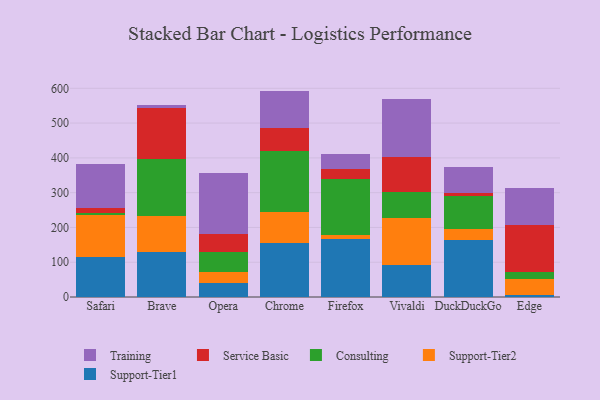
{"axis": {"x": "Browser", "y": "Website Visitors"}, "legend": ["Consulting", "Service Basic", "Support-Tier1", "Support-Tier2", "Training"], "data": [{"x": "Safari", "y": 116.2, "type": "Support-Tier1"}, {"x": "Safari", "y": 118.9, "type": "Support-Tier2"}, {"x": "Safari", "y": 6.3, "type": "Consulting"}, {"x": "Safari", "y": 14.7, "type": "Service Basic"}, {"x": "Safari", "y": 126.4, "type": "Training"}, {"x": "Brave", "y": 129.1, "type": "Support-Tier1"}, {"x": "Brave", "y": 103.8, "type": "Support-Tier2"}, {"x": "Brave", "y": 162.6, "type": "Consulting"}, {"x": "Brave", "y": 146.9, "type": "Service Basic"}, {"x": "Brave", "y": 8.3, "type": "Training"}, {"x": "Opera", "y": 41.4, "type": "Support-Tier1"}, {"x": "Opera", "y": 30.7, "type": "Support-Tier2"}, {"x": "Opera", "y": 56.4, "type": "Consulting"}, {"x": "Opera", "y": 54.0, "type": "Service Basic"}, {"x": "Opera", "y": 174.3, "type": "Training"}, {"x": "Chrome", "y": 155.1, "type": "Support-Tier1"}, {"x": "Chrome", "y": 90.1, "type": "Support-Tier2"}, {"x": "Chrome", "y": 175.6, "type": "Consulting"}, {"x": "Chrome", "y": 64.3, "type": "Service Basic"}, {"x": "Chrome", "y": 107.6, "type": "Training"}, {"x": "Firefox", "y": 166.4, "type": "Support-Tier1"}, {"x": "Firefox", "y": 12.9, "type": "Support-Tier2"}, {"x": "Firefox", "y": 160.7, "type": "Consulting"}, {"x": "Firefox", "y": 28.0, "type": "Service Basic"}, {"x": "Firefox", "y": 41.8, "type": "Training"}, {"x": "Vivaldi", "y": 91.6, "type": "Support-Tier1"}, {"x": "Vivaldi", "y": 134.7, "type": "Support-Tier2"}, {"x": "Vivaldi", "y": 76.7, "type": "Consulting"}, {"x": "Vivaldi", "y": 100.7, "type": "Service Basic"}, {"x": "Vivaldi", "y": 166.2, "type": "Training"}, {"x": "DuckDuckGo", "y": 162.9, "type": "Support-Tier1"}, {"x": "DuckDuckGo", "y": 34.0, "type": "Support-Tier2"}, {"x": "DuckDuckGo", "y": 93.4, "type": "Consulting"}, {"x": "DuckDuckGo", "y": 9.8, "type": "Service Basic"}, {"x": "DuckDuckGo", "y": 74.8, "type": "Training"}, {"x": "Edge", "y": 5.0, "type": "Support-Tier1"}, {"x": "Edge", "y": 47.4, "type": "Support-Tier2"}, {"x": "Edge", "y": 18.1, "type": "Consulting"}, {"x": "Edge", "y": 136.5, "type": "Service Basic"}, {"x": "Edge", "y": 105.4, "type": "Training"}]}